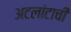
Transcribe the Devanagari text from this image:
अटलांटाची